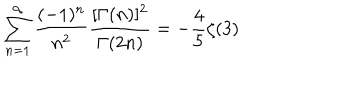
\sum _ { n = 1 } ^ { \infty } \frac { ( - 1 ) ^ { n } } { n ^ { 2 } } \frac { [ \Gamma ( n ) ] ^ { 2 } } { \Gamma ( 2 n ) } = - \frac { 4 } { 5 } \zeta ( 3 )